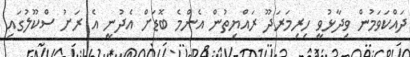
ދައްކަވަމުން ވިދާޅުވީ ހިރިމަރަދޫ ރައްޔިތުން އެންމެ ބޮޑަށް އެދުނީ އެ ރަށު ސްކޫލުގައި